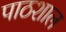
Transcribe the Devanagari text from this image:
पाठशाल